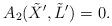
LaTeX: \begin{align*}A_2({\tilde X'}, \tilde L')=0. \end{align*}